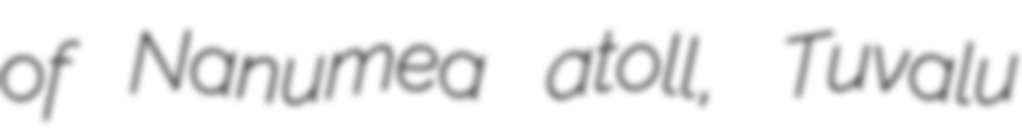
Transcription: of Nanumea atoll, Tuvalu